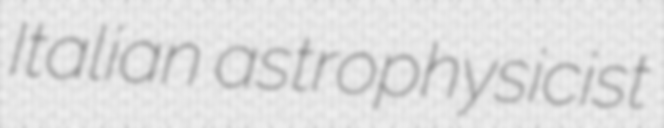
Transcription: Italian astrophysicist